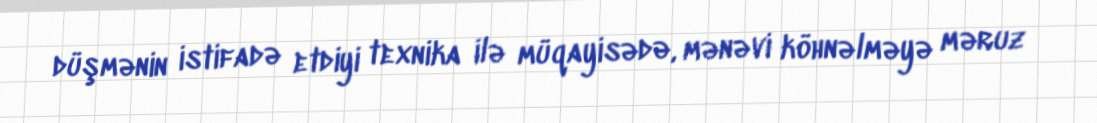
düşmənin istifadə etdiyi texnika ilə müqayisədə, mənəvi köhnəlməyə məruz